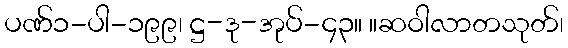
ပဏ်၁-ပါ-၁၉၉၊ ဋ္ဌ-ဒု-အုပ်-၄၃။ ။ဆဝါလာတသုတ်၊